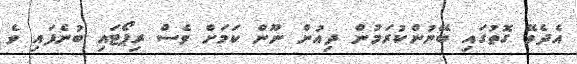
އެދެވޭ ގޮތުގައި ބޭނުންކުރަމުން ދިއުން ނޫން ކަމަށް ވެސް ރިޕޯޓައި ބުނެފައި ވެ